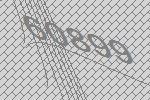
60899